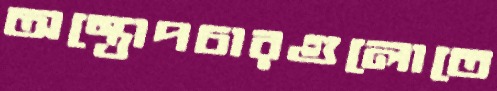
অস্ত্রোপচারগুলোতে